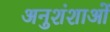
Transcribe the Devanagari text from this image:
अनुशंशाओं